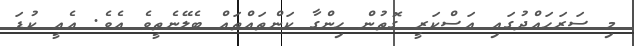
މި ސަރަހައްދުގައި އަސްކަރީ ގޮތުން ހިންގާ ކަންތައްތައް ބެލޭނެތީވެ އެވެ. އެއީ ކުޑަ